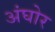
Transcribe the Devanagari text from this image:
अंघोर